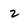
Character: 2